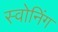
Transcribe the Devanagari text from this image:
स्वोनिंग